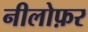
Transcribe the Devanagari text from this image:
नीलोफ़र